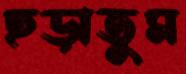
ছড়াতুম